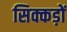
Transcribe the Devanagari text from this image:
सिक्कड़ों